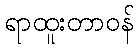
ရာထူးတာဝန်